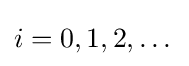
i=0,1,2,\dots